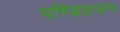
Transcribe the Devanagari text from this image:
पण्डितजन